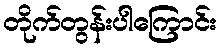
တိုက်တွန်းပါကြောင်း